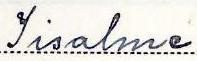
Iisalme